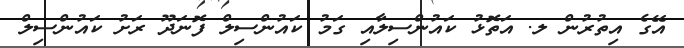
އޭގެ އިތުރުން ލ. އަތޮޅު ކައުންސިލާއި ގަމު ކައުންސިލް ފޮނަދޫ ރަށު ކައުންސިލް